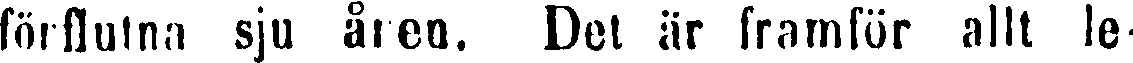
förflutna sju åren. Det är framför allt le-